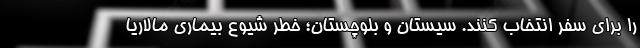
را برای سفر انتخاب کنند. سیستان و بلوچستان؛ خطر شیوع بیماری مالاریا